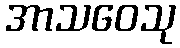
အာသဝေသု